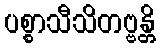
ပစ္စာသီသိတဗ္ဗန္တိ